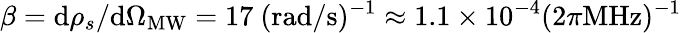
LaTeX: \beta=\mathrm{d}\rho_{s}/\mathrm{d}\Omega_{\mathrm{MW}}=17\ (\mathrm{rad/s})^{-1}\approx 1.1\times 10^{-4}(2\pi\mathrm{MHz})^{-1}